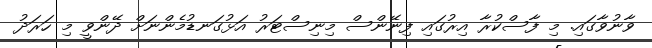
ވާނުވާގައި. މި ފާސްކުރާ އިރުގައި ފިނޭންސް މިނިސްޓަރު އަޅުގަނޑުމެންނަށް ދޭންވީ މި ހަރަދު